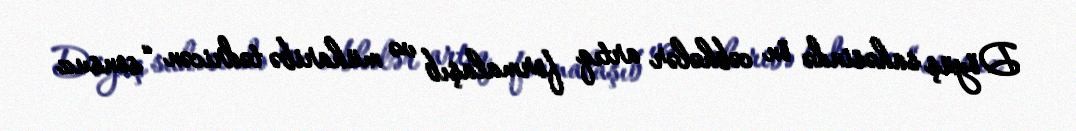
Döyüş sahəsində ön cəbhələr artıq formalaşıb və müharibə tədricən “sonsuz